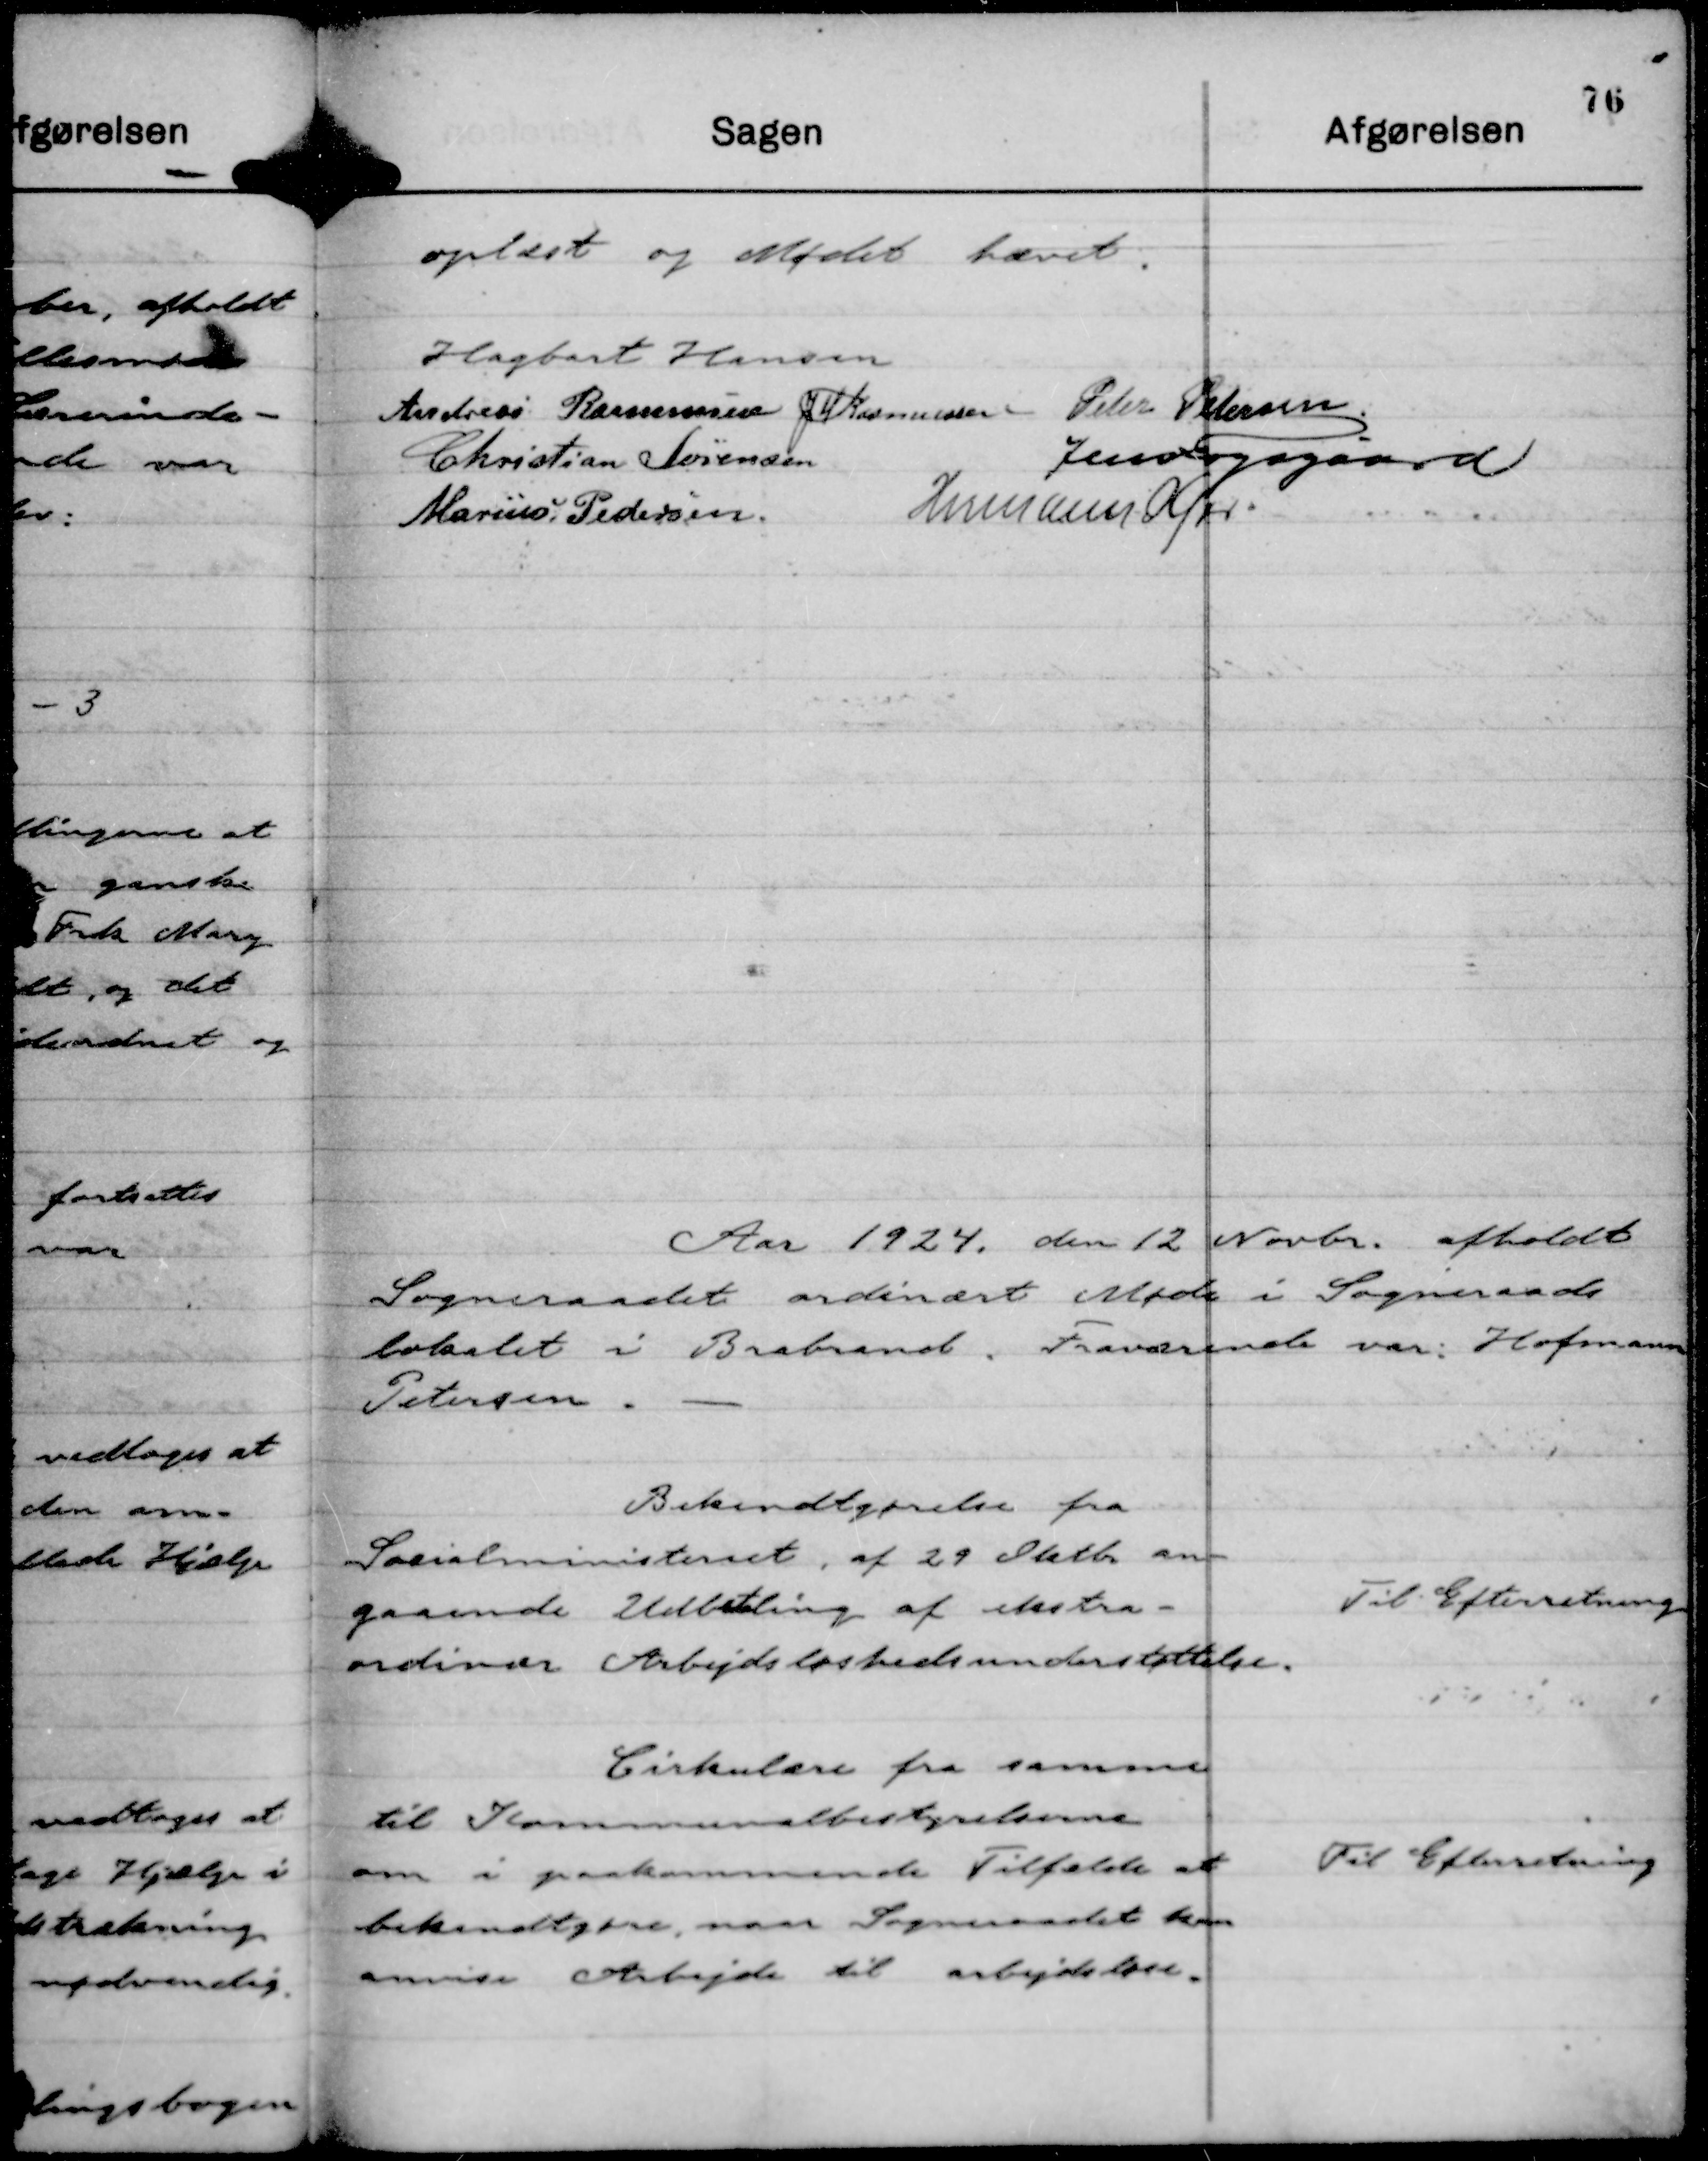
Transskription:
oplæst og Mødet hævet.
Hagbart Hansen
Andreas Rasmussen
JM Rasmusen
Peter Petersen
Christian Sørensen
Jens Fogsgaard
Marius Pedersen.
Hermann Kjær.

Aar 1924, den 12 Novbr. afholdt
Sogneraadet ordinært Møde i Sogneraads
lokalet i Brabrand. Fraværende var: Hofmann
Petersen.

Bekendtgørelse fra
Socialministeriet af 29 Oktbr an-
gaaende Udbetaling af ekstra-
ordinær Arbejdsløshedsunderstøttelse.

Til Efterretning

Cirkulære fra samme
til Kommunalbestyrelserne
om i paakommende Tilfælde at
bekendtgøre, naar Sogneradet kan
anvise Arbejde til arbejdsløse.

Til Efterretning